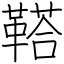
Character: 鞳